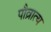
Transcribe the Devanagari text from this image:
पौव्रात्य